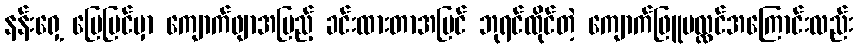
နန်းရှေ့ မြေပြင်မှာ ကျောက်ဖျာအပြည့် ခင်းထားတာအပြင် ဘုရင်ထိုင်တဲ့ ကျောက်ဖြူပလ္လင်အကြောင်းလည်း